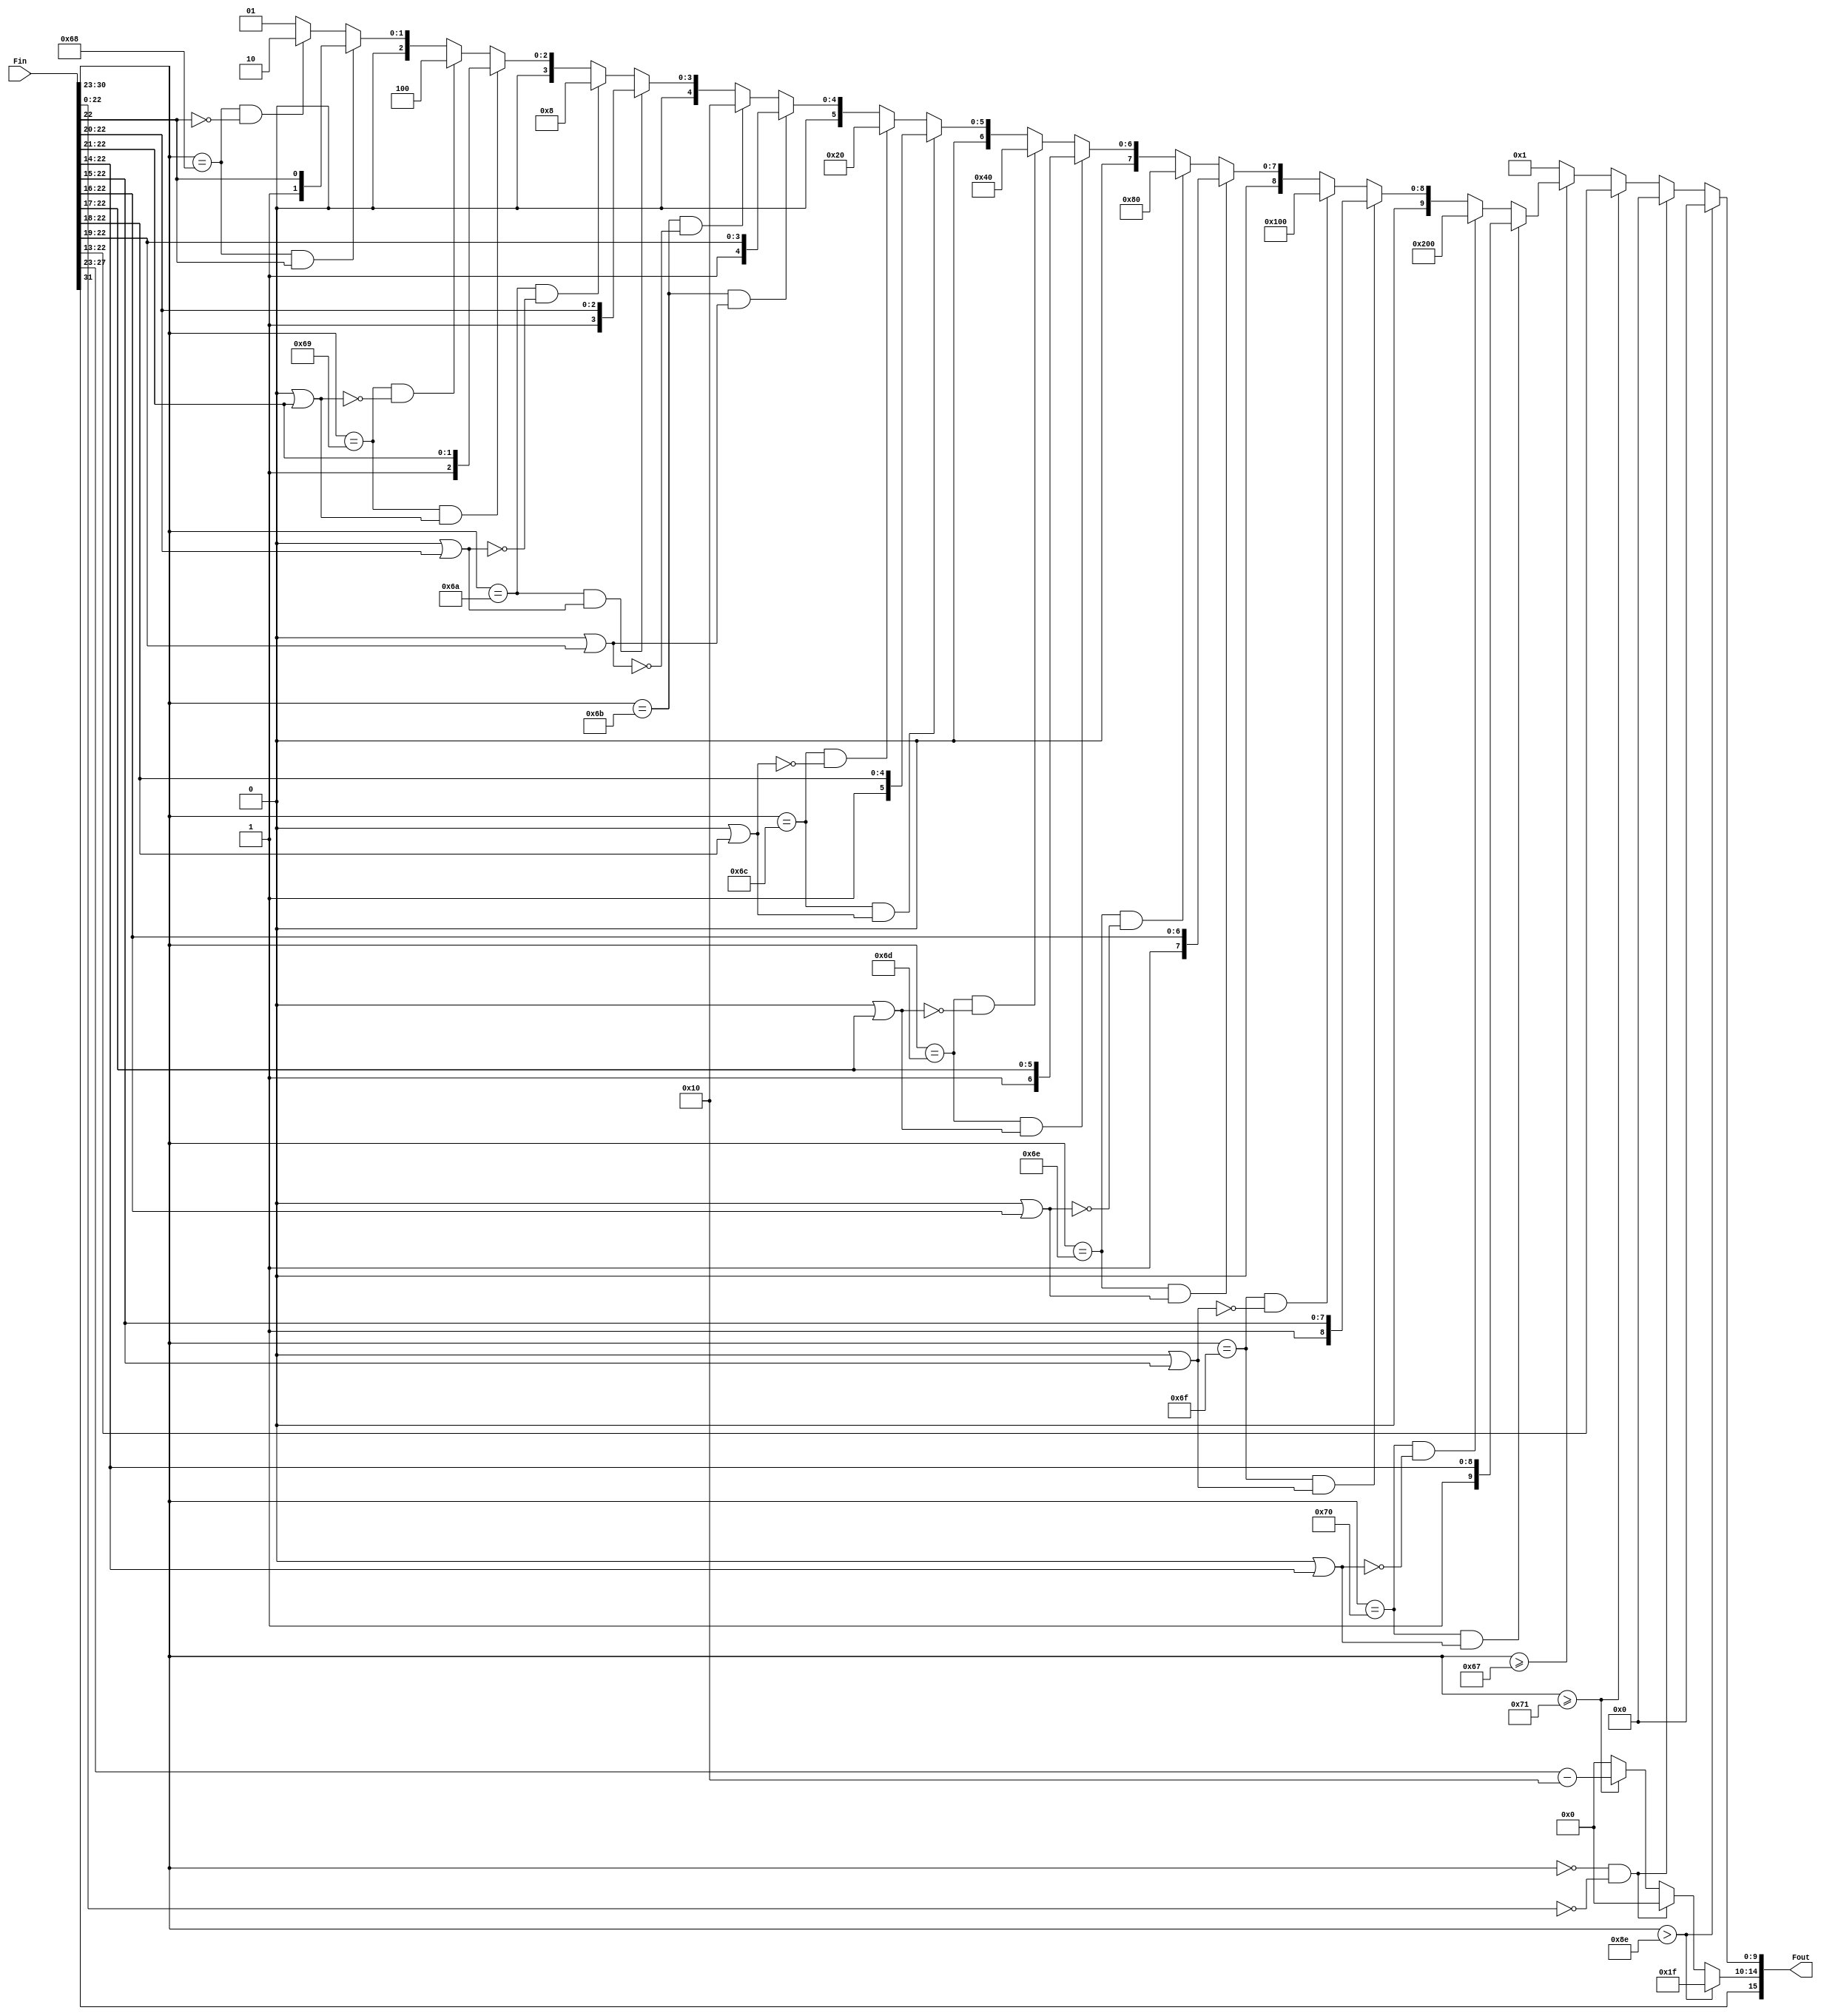
/* ----------------------------------------------------------------------------
Projeto: modulo conversor Float 32 - 16 
UFABC - universidade Federal do ABC
Verso: 1.0                Data: 02.10.2017
Prog: Carolina Zambelli

Descrio: converte um fp single precision (32bits) para um half precision 
           (16bits)
-----------------------------------------------------------------------------*/

module Conv_F32_F16
(
  input [31:0] Fin,
  output [15:0] Fout
);
  
  reg [4:0] Exp_tmp;
  reg [9:0] Man_tmp;
  
always @(Fin)
  begin
  if (Fin[30:23]>8'd142)               // se exp32 > 142, mostra infinity F16
    begin
    Exp_tmp = 5'b11111;                // exp = max  (rep +- INF)
    Man_tmp = 10'b0000000000;          // mant = 0
    end
  else if ((Fin[30:23]==8'd0) && (Fin[22:0]==23'd0))  // caso ZERO
    begin
    Exp_tmp = 5'b00000;                // exp16 sai 00000
    Man_tmp = 10'b0000000000;          // mant = 0,0000000000	 
	 end
  // normal: se 2^-14 <= exp32 <2^15 (ou seja, 103 <= exp32 <= 142)
  else if (Fin[30:23]>=8'd113)        // se 113 <= exp32 <= 142 normal F16
    begin
    Exp_tmp = Fin[30:23] - 8'd112;     // subtrair exp32 - 112!
    Man_tmp = Fin[22:13];              // mant = Fin[22:13]
    end
  // subnormal: se 2^-24 <= exp32 <2^-15 (ou seja, 103 <= exp32 <= 112)
  else if (Fin[30:23]>=8'd103) // se >103 e mant!=0
    begin
    Exp_tmp = 5'b00000;                // exp16 sai 00000
    // para cada exp < 2^-14, deslocar a mantissa
    if (Fin[30:23]==8'd112 && (9'b0|Fin[22:14]))
	   begin
      Man_tmp = {1'b1,Fin[22:14]};         // mant = Fin[22:14]
		end
	 else if (Fin[30:23]==8'd112 && ~(9'b0|Fin[22:14]))
	   begin
      Man_tmp = {1'b1,9'b0};               // mant = 0,1000000000		
		end

    else if (Fin[30:23]==8'd111 && (8'b0|Fin[22:15]))
	   begin
      Man_tmp = {2'b01,Fin[22:15]};        // mant = Fin[22:15]
		end
	 else if (Fin[30:23]==8'd111 && ~(8'b0|Fin[22:15]))
	   begin
      Man_tmp = {2'b01,8'b0};              // mant = 0,01000000	
		end

    else if (Fin[30:23]==8'd110 && (7'b0|Fin[22:16]))
	   begin
      Man_tmp = {3'b001,Fin[22:16]};       // mant = Fin[22:16]
		end
	 else if (Fin[30:23]==8'd110 && ~(7'b0|Fin[22:16]))
	   begin
      Man_tmp = {3'b001,7'b0};             // mant = 0,0010000000		
		end

    else if (Fin[30:23]==8'd109 && (6'b0|Fin[22:17]))
	   begin
      Man_tmp = {4'b0001,Fin[22:17]};      // mant = Fin[22:17]
		end
	 else if (Fin[30:23]==8'd109 && ~(6'b0|Fin[22:17]))
	   begin
      Man_tmp = {4'b0001,6'b0};            // mant = 0,0001000000		
		end

    else if (Fin[30:23]==8'd108 && (5'b0|Fin[22:18]))
	   begin
      Man_tmp = {5'b00001,Fin[22:18]};     // mant = Fin[22:18]
		end
	 else if (Fin[30:23]==8'd108 && ~(5'b0|Fin[22:18]))
	   begin
      Man_tmp = {5'b00001,5'b0};           // mant = 0,0000100000		
		end		

    else if (Fin[30:23]==8'd107 && (4'b0|Fin[22:19]))
	   begin
      Man_tmp = {6'b000001,Fin[22:19]};    // mant = Fin[22:19]
		end
	 else if (Fin[30:23]==8'd107 && ~(4'b0|Fin[22:19]))
	   begin
      Man_tmp = {6'b000001,4'b0};          // mant = 0,0000010000		
		end		

    else if (Fin[30:23]==8'd106 && (3'b0|Fin[22:20]))
	   begin
      Man_tmp = {7'b0000001,Fin[22:20]};   // mant = Fin[22:20]
		end
	 else if (Fin[30:23]==8'd106 && ~(3'b0|Fin[22:20]))
	   begin
      Man_tmp = {7'b0000001,3'b0};         // mant = 0,0000001000		
		end		

    else if (Fin[30:23]==8'd105 && (2'b0|Fin[22:21]))
	   begin
      Man_tmp = {8'b00000001,Fin[22:21]};  // mant = Fin[22:21]
		end
	 else if (Fin[30:23]==8'd105 && ~(2'b0|Fin[22:21]))
	   begin
      Man_tmp = {8'b00000001,2'b0};        // mant = 0,0000000100		
		end		

    else if (Fin[30:23]==8'd104 && Fin[22])
	   begin
      Man_tmp = {9'b000000001,Fin[22]};    // mant = Fin[22]
		end
	 else if (Fin[30:23]==8'd104 && ~Fin[22])
	   begin
      Man_tmp = {9'b000000001,1'b0};       // mant = 0,0000000010		
		end
    else
	   begin
      Man_tmp = 10'b0000000001;            // mant = 0,0000000001 
		end
    end
  // aqui no  subnormal - marcar como menor valor em vez de NaN!
  else
    begin
      Exp_tmp = 5'b00000;                  // exp16 sai 00000
      Man_tmp = 10'b0000000001;            // mant = 0,0000000001
	 end 
  end  
  
  assign Fout = {Fin[31], Exp_tmp, Man_tmp}; 
  
endmodule